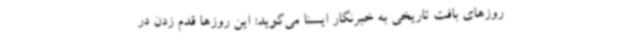
روزهای بافت تاریخی به خبرنگار ایسنا می‌گوید: این روزها قدم زدن در